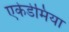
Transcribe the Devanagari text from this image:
एकेडेमिया